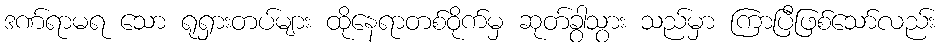
ဒဏ်ရာမရ သော ရုရှားတပ်များ ထိုနေရာတစ်ဝိုက်မှ ဆုတ်ခွာသွား သည်မှာ ကြာပြီဖြစ်သော်လည်း